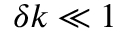
\delta k \ll 1